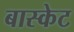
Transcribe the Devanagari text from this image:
बास्‍केट